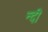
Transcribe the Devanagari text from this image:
न्दी